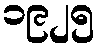
၁၉၂၅